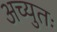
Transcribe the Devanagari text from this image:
अच्युतः